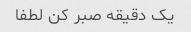
یک دقیقه صبر کن لطفا